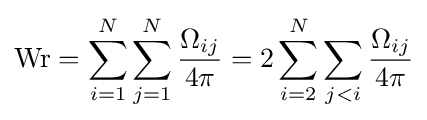
\operatorname {Wr} =\sum _{i=1}^{N}\sum _{j=1}^{N}{\frac {\Omega _{ij}}{4\pi }}=2\sum _{i=2}^{N}\sum _{j<i}{\frac {\Omega _{ij}}{4\pi }}